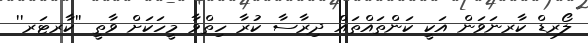
ލޯރޑް ކާރނަވަން އަކީ ކަންތައްތައް ދިރާސާ ކުރާ ހިތްވާ މީހަކަށް ވާތީ ''ކާރޓަރ''